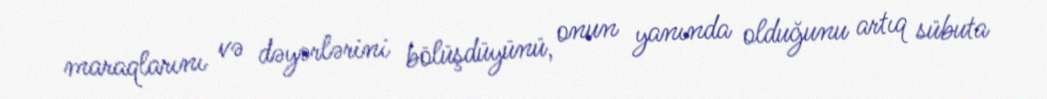
maraqlarını və dəyərlərini bölüşdüyünü, onun yanında olduğunu artıq sübuta